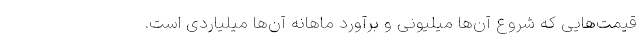
قیمت‌هایی که شروع آن‌ها میلیونی و برآورد ماهانه آن‌ها میلیاردی است.